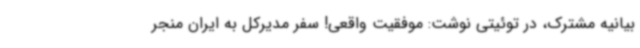
بیانیه مشترک، در توئیتی نوشت: موفقیت واقعی! سفر مدیرکل به ایران منجر